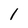
Character: 1